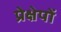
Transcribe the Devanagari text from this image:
प्रेक्षेपों